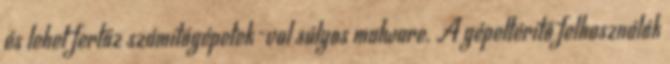
és lehet fertőz számítógépetek-val súlyos malware. A gépeltérítő felhasználók